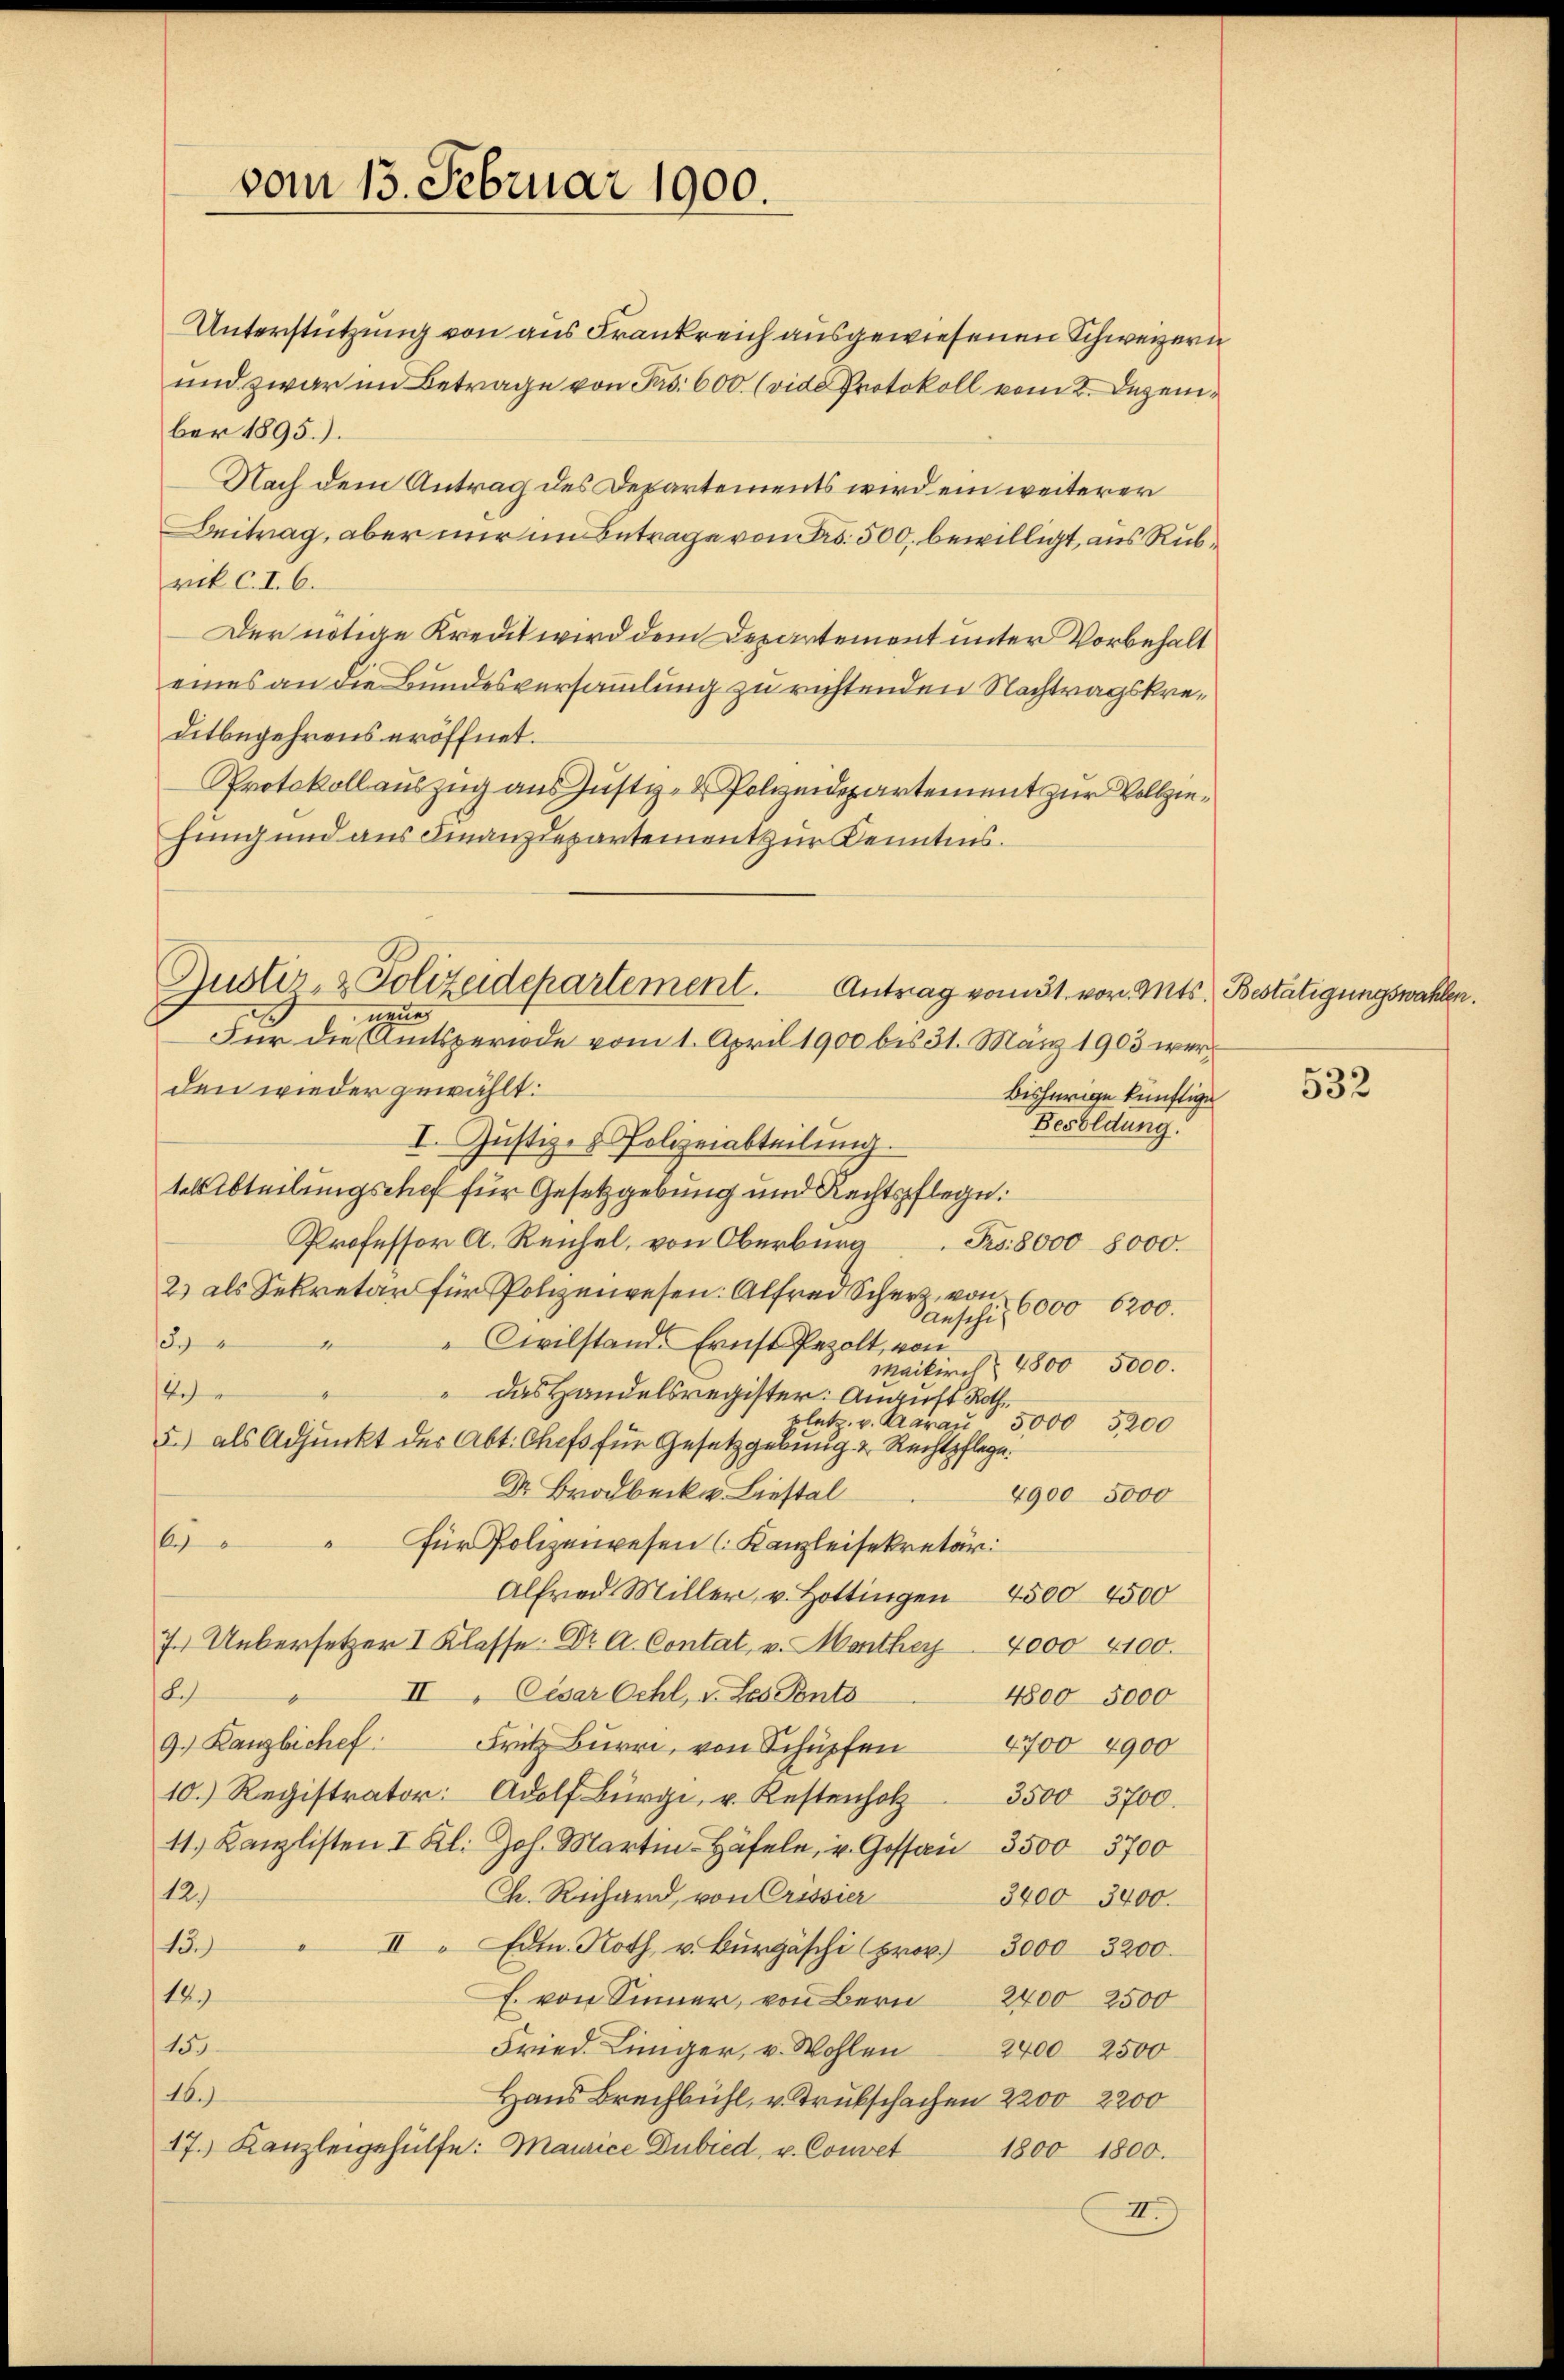
vom 13. Februar 1900.

Unterstützung von aus Frankreich ausgewiesenen Schweizern
und zwar im Betrage von Pro. 600. (vide Protokoll vom 2. Dezember 1895.).
Nach dem Antrag des Departements wird ein weiterer
Beitrag, aber nur im Betrage von Fr. 500, bewilligt, aus Rubrik C. I. 6.
Der nötige Kredit wird dem Departement unter Vorbehalt
eines an die Bundesversammlung zu richtenden Nachtragskreditbegehrens eröffnet.
Protokollauszug aus Justiz- & Polizeidepartement zur Vollziehung und aus Finanzdepartement zur Kenntnis.
den wieder gewählt:
bisherige künftige
Besoldung.
I. Jŭstiz- & Polizeiabteilŭng.
tels Abteilungschef für Gesetzgebung und Rechtspflege.
Professor A. Reichel, von Oberburg Frs. 8000 8000.
2) als Sekretär für Polizeiwesen. Alfred Scher von
6000 6200.
Sanschi
1
"
Civilstand. Ernst Pezolt, von
Maikirch § 4800 5000.
12
" Das Handelsregister: Anauft Roth
platz. v. Aarau 5000 5200
5.) als Adjunkt der Abt. Chefs für Gesetzgebung & Rechtspflege.
Dr. Brodbeck u. Liestal
4900 5000
16
für Polizeiwesen (Kanzleisekretär
Alfred Miller, v. Hottingen 4500 4500
7.) Uebersetzer I Klasse. Dr A. Contat, v. Monthey 4000 4100.
8.)
II. Cesar Oehl, v. Les Ponto
4800 5000
9. Kanzlichef Fritz Bŭrri, von Schüpfen 4700 4900
10.) Registrator: Adolf Bürgi, u. Kostenholz 3500 3700.
11. Kanzlisten I Kl. Joh. Martin Häfele, u. Gessan 3500 3700
12)
Ch. Richard, von Crissier
3400 3400.
15.) " II " Edt. Noth u. Burgäschi (prov. 3000 3200.
18.)
E. von Sinner, von Bern 2400 2500
157
Fried. Liniger, u. Wohlen 2400 2500
16.
Haus Brechbühl, v. Trukschachen 2200, 2200
17.) Kanzleigehülfe: Maurice Dubied, u. Convet
1800 1800.
II)

Justiz- & Polizeidepartement. Antrag vom 31. vor. Mts. Bestätigungswahlen.
neue
Für die Amtsperiode vom 1. April 1900 bis 31. März 1903 wer¬

532